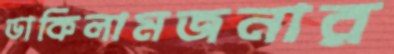
ডাকিলামজনার